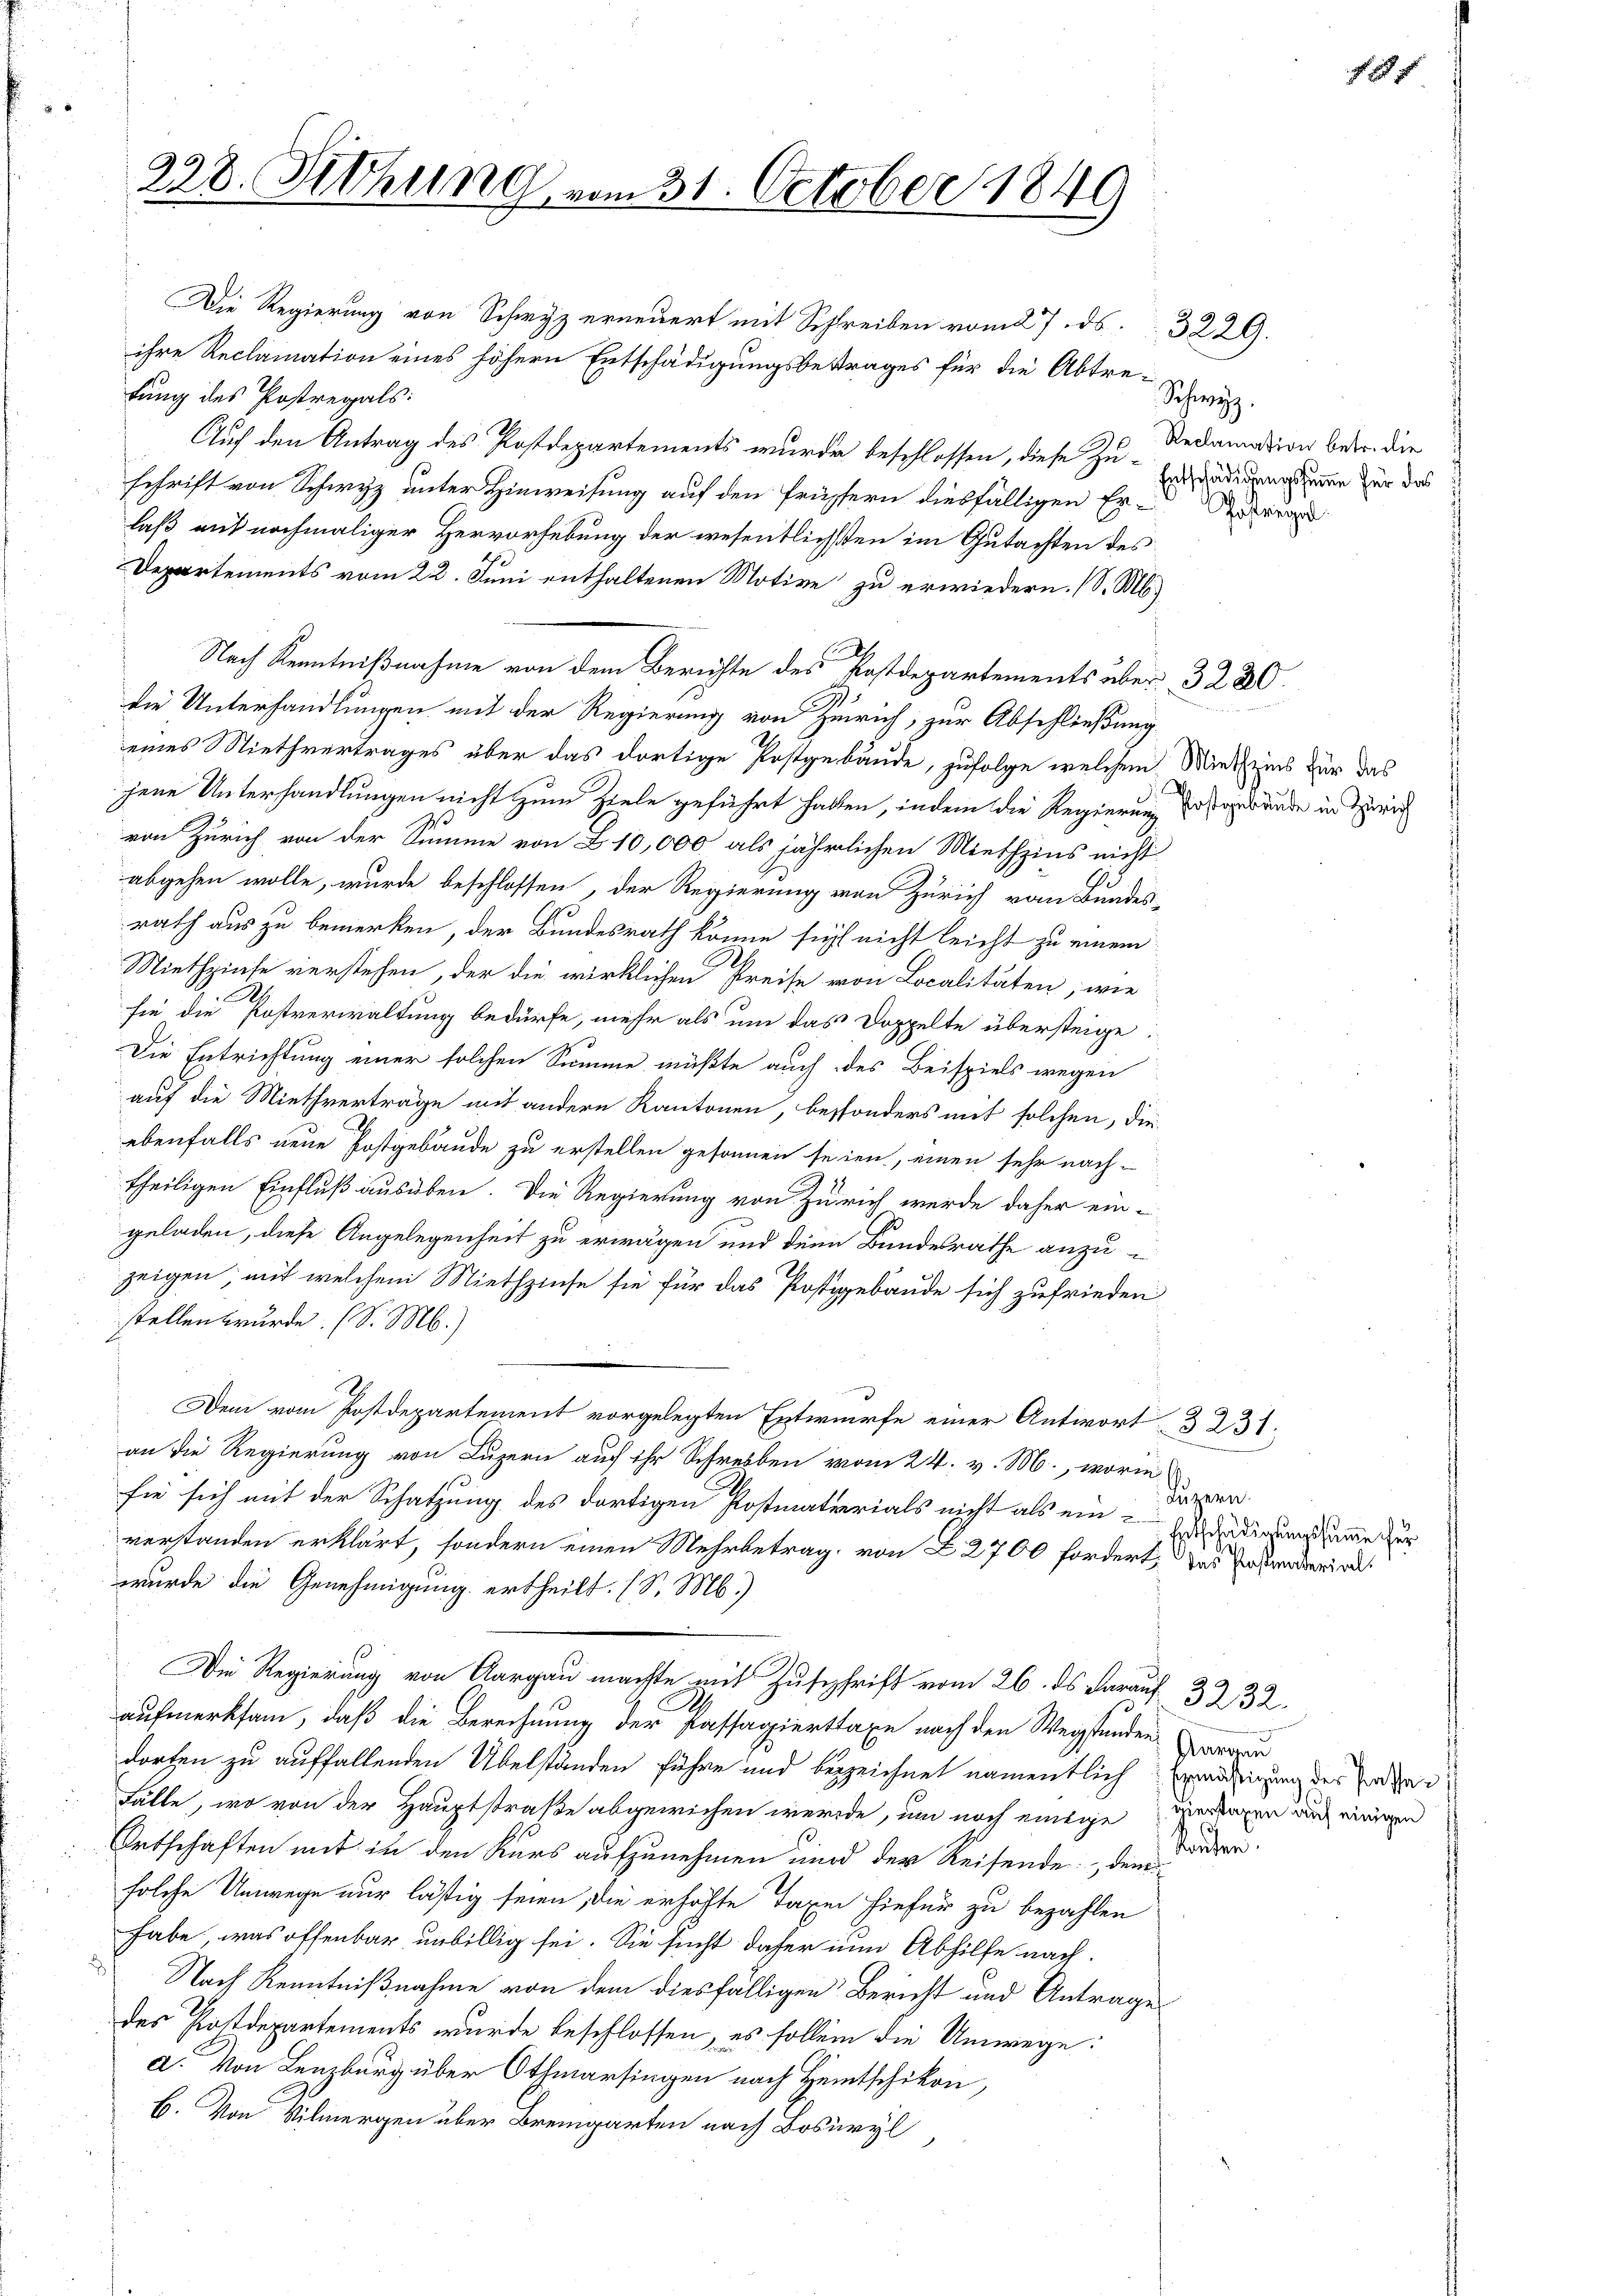
228. Sitzung

fung des Postregals:
Auf den Antrag des Postdepartements wurde beschlossen, diese zu Erledigung der zur das
schrift von Schwyz unter Hinweisung auf den Prüssern diesfälligen Erlaß mit nochmaliger Hervorhebung der wesentlichsten im Gutachten des
Departements vom 22. Juni enthaltenen Motive zu erwiedern. (S. M.
Nach Kenntnißnahme von dem Berichte des Postdepartements über 3 220.
die Unterhandlungen mit der Regierung von Zürich, zur Abschließung
eines Miethvertrages über das dortige Postgebäude, zufolge welchem Miethzins für das
jene Unterhandlungen nicht zum Ziele geführt haben, indem die Regierung
von Zürich von der Summe von B. 10,000 als jährlichen Miethzins nicht
abgehen wolle, wurde beschlossen, der Regierung von Zürich vom Bundes-
rath aus zu bemerken, der Bundesrath könne sich nicht leicht zu einem
Miethzinse verstehen, der die wirklichen Preise von Localitäten, wie
A
sie die Postverwaltung bedürfe, mehr als um das Doppelte übersteige
Die Entrichtung einer solchen Summe müßte auch des Beispiels wegen
auf die Miethverträge mit andern Kantonen, besonders mit solchen, die
ebenfalls neue Postgebäude zu erstellen gesonnen seien, einen sehr nach-
theiligen Einfluß ausüben. Die Regierung von Zürich werde daher ein-
geladen, diese Angelegenheit zu erwägen und denn Bundesrathe anzu-
zeigen mit welchem Miethzinse sie für das Postigebäude sich zufrieden
stellen wurde. (S. M.)
Dem vom Postdepartement vorgelegten Entwurfe einer Antwort 3 231.
an die Regierung von Luzern auf ihr Schreiben vom 24. v. M., worin
sie sich mit der Schatzung des dortigen Postmaterials nicht als ein-
verstanden erklärt, sondern einen Mehrbetrag, von Z 2700 fordert, das Patenderird
wurde die Genehmigung ertheilt. (S. M.)
Die Regierung von Aargau machte mit Zuschrift vom 26. ds darauf 3332.
aufmerksam, daß die Berechnung der Passagierttaxe nach den Wegstunden
dorten zu auffallenden Übelständen führe und bezeichnet namentlich Ermächtigung des Johan
Fälle, wo von der Hauptstraße abgewichen werde, um noch einige Bedenen auf einigen
Ortschäften mit in den Kurs aufzunehmen wird der Reisende dem
solche Umwege nur lästig seien, die erhöhte Taxen hiefür zu bezahlen
habe, was offenbar unbillig sei. Sie sucht daher nun Abhilfe nach
Nach Kenntnißnahme von dem diesfälligen Bericht und Antrage
des Postdepartements wurde beschlossen, es sollen die Umwege
a. Von Lenzburg über Othmarsingen nach Heitschikon,
b. Von Vilmergen über Bremgarten nach Bosuryl

Die Regierung von Schwyz erneuert mit Schreiben vom 27. ds. 3229.
ihre Reclamation eines höhern Entschädigungsbestrages für die Abtre¬

vom 31. October 1849

Schwyz.
Reclamation betr. die
Pasterial.

Postgebäude in Zürich

Luzern
Entschädigungssumme er

kanten.

Aarau